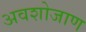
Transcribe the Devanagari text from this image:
अवशोजाण